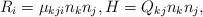
LaTeX: \begin{align*}R_{i}=\mu_{kji}n_{k}n_{j},H=Q_{kj}n_{k}n_{j},\end{align*}